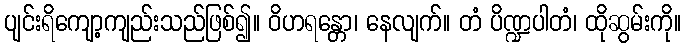
ပျင်းရိကျော့ကျည်းသည်ဖြစ်၍။ ဝိဟရန္တော၊ နေလျက်။ တံ ပိဏ္ဍပါတံ၊ ထိုဆွမ်းကို။